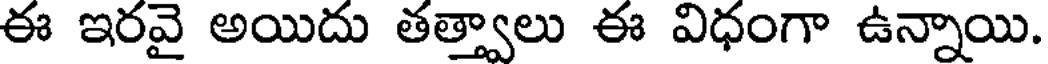
ఈ ఇరవై అయిదు తత్వాలు ఈ విధంగా ఉన్నాయి.